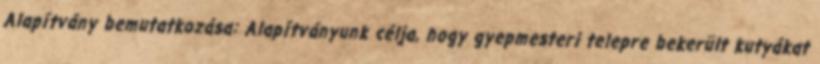
Alapítvány bemutatkozása: Alapítványunk célja, hogy gyepmesteri telepre bekerült kutyákat